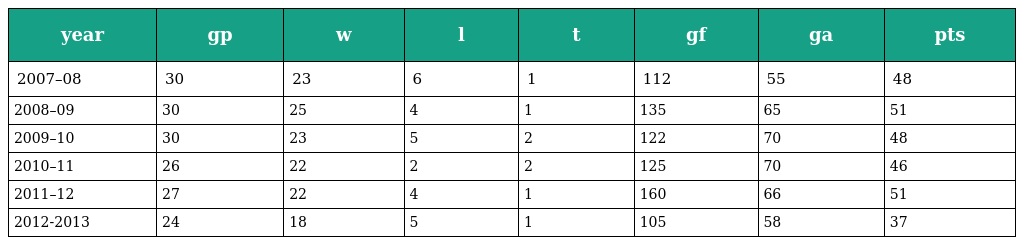
| year | gp | w | l | t | gf | ga | pts |
 | --- | --- | --- | --- | --- | --- | --- | --- |
 | 2007–08 | 30 | 23 | 6 | 1 | 112 | 55 | 48 |
 | 2008–09 | 30 | 25 | 4 | 1 | 135 | 65 | 51 |
 | 2009–10 | 30 | 23 | 5 | 2 | 122 | 70 | 48 |
 | 2010–11 | 26 | 22 | 2 | 2 | 125 | 70 | 46 |
 | 2011–12 | 27 | 22 | 4 | 1 | 160 | 66 | 51 |
 | 2012-2013 | 24 | 18 | 5 | 1 | 105 | 58 | 37 |